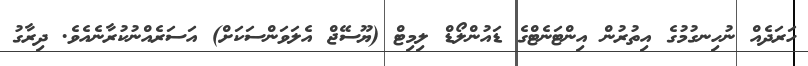
ހަރަދެއް ނުހިނގުމުގެ އިތުރުން އިންޓަނެޓްގެ ޑައުންލޯޑް ލިމިޓް (ޔޫސޭޖް އެލަވަންސަކަށް) އަސަރެއްނުކުރާނެއެވެ. ދިރާގު